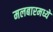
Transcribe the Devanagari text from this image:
मलबारमध्ये